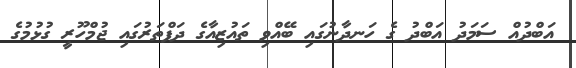
އަބްދުއް ސަމަދު އަބްދު ގެ ހަނދާނުގައި ބޭއްވި ތައުޒިއާގެ ދަފްތަރުގައި ޖުމްހޫރީ ގުޅުމުގެ